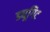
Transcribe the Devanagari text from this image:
ड्यूगिट